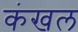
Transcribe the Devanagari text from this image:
कंखल